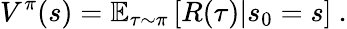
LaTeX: V^{\pi}(s)=\mathbb{E}_{\tau\sim\pi}\left[R(\tau)|s_{0}=s\right]\mathrm{~}.